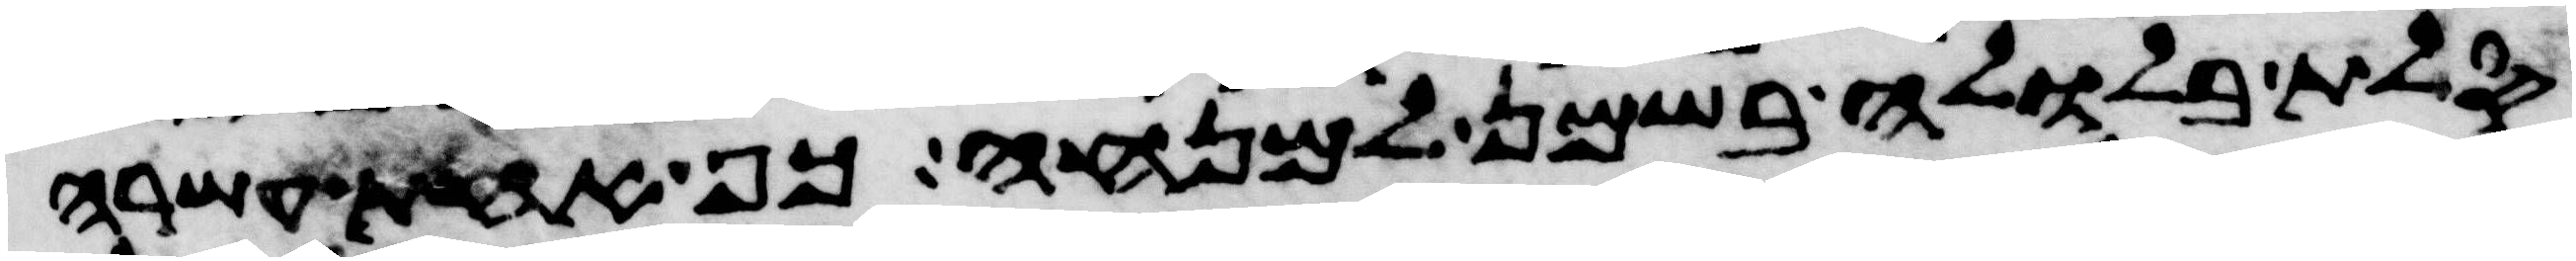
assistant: סלת בלולה בשמן למנחה כף אחת עשרה